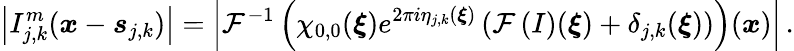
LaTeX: \left\vert I_{j,k}^{m}(\boldsymbol{x}-\boldsymbol{s}_{j,k})\right\vert=\left\vert\mathcal{F}^{-1}\left(\chi_{0,0}(\boldsymbol{\xi})e^{2\pi i\eta_{j,k}(\boldsymbol{\xi})}\left(\mathcal{F}\left(I\right)(\boldsymbol{\xi})+\delta_{j,k}(\boldsymbol{\xi})\right)\right)(\boldsymbol{x})\right\vert\, .